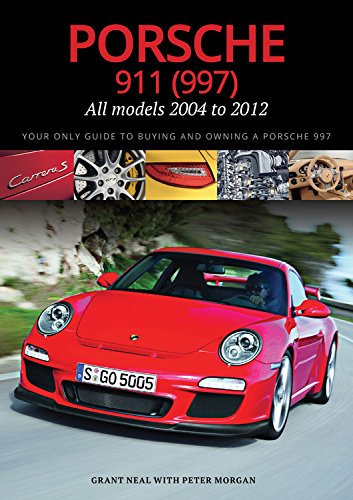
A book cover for Porsche 911 (997) All models 2004 to 2012: Your Only Guide to Buying and Owning a Porsche 997; Grant Neal; Engineering & Transportation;